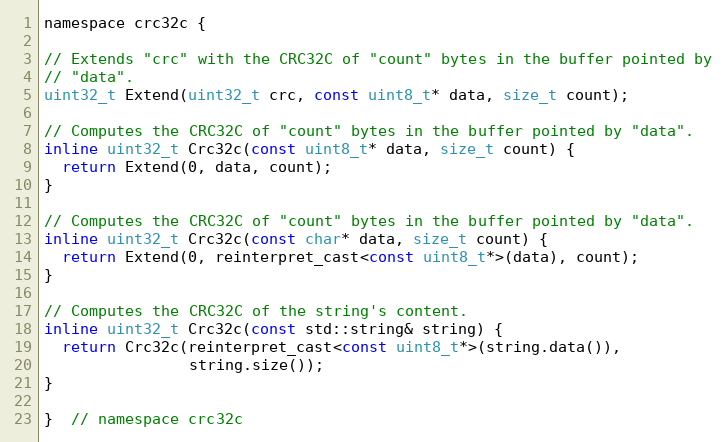
Language: C
namespace crc32c {

// Extends "crc" with the CRC32C of "count" bytes in the buffer pointed by
// "data".
uint32_t Extend(uint32_t crc, const uint8_t* data, size_t count);

// Computes the CRC32C of "count" bytes in the buffer pointed by "data".
inline uint32_t Crc32c(const uint8_t* data, size_t count) {
  return Extend(0, data, count);
}

// Computes the CRC32C of "count" bytes in the buffer pointed by "data".
inline uint32_t Crc32c(const char* data, size_t count) {
  return Extend(0, reinterpret_cast<const uint8_t*>(data), count);
}

// Computes the CRC32C of the string's content.
inline uint32_t Crc32c(const std::string& string) {
  return Crc32c(reinterpret_cast<const uint8_t*>(string.data()),
                string.size());
}

}  // namespace crc32c